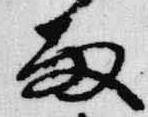
雨